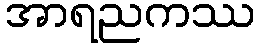
အာရညကဿ